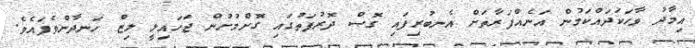
އިމާދު ވާހަކަދައްކަމުން އަނެއްފަރާތަށް އެނބުރިފައި ގޮސް ދޮރުފަތުގައި ގޮށްމުށުން ޖަހައިލީ ލިޒް ހަނދާންވެފައެވެ.